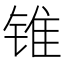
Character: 锥